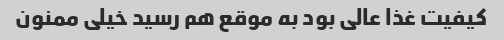
کیفیت غذا عالی بود به موقع هم رسید خیلی ممنون